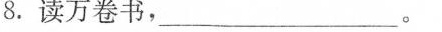
8.读万卷书，__________________。